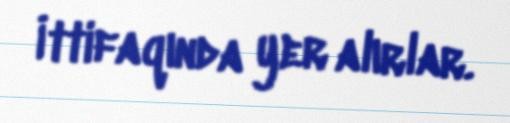
İttifaqında yer alırlar.